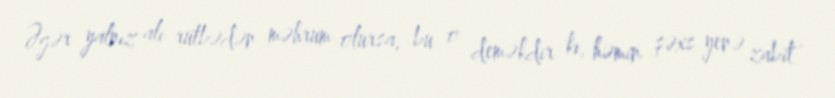
Əgər yalnız ali rütbədən məhrum olursa, bu o deməkdir ki, həmin şəxs yenə zabit